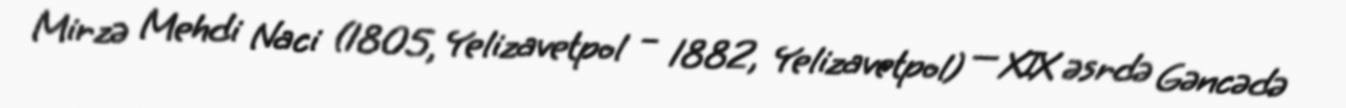
Mirzə Mehdi Naci (1805, Yelizavetpol – 1882, Yelizavetpol) — XIX əsrdə Gəncədə